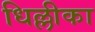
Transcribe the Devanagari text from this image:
धिल्लीका